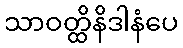
သာဝတ္ထိနိဒါနံပေ